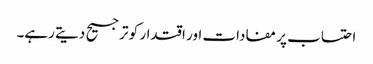
احتساب پر مفادات اور اقتدار کو ترجیح دیتے رہے۔